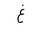
Letter: _gayn